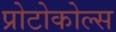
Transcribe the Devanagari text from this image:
प्रोटोकोल्स